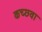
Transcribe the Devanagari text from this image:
कच्छवा